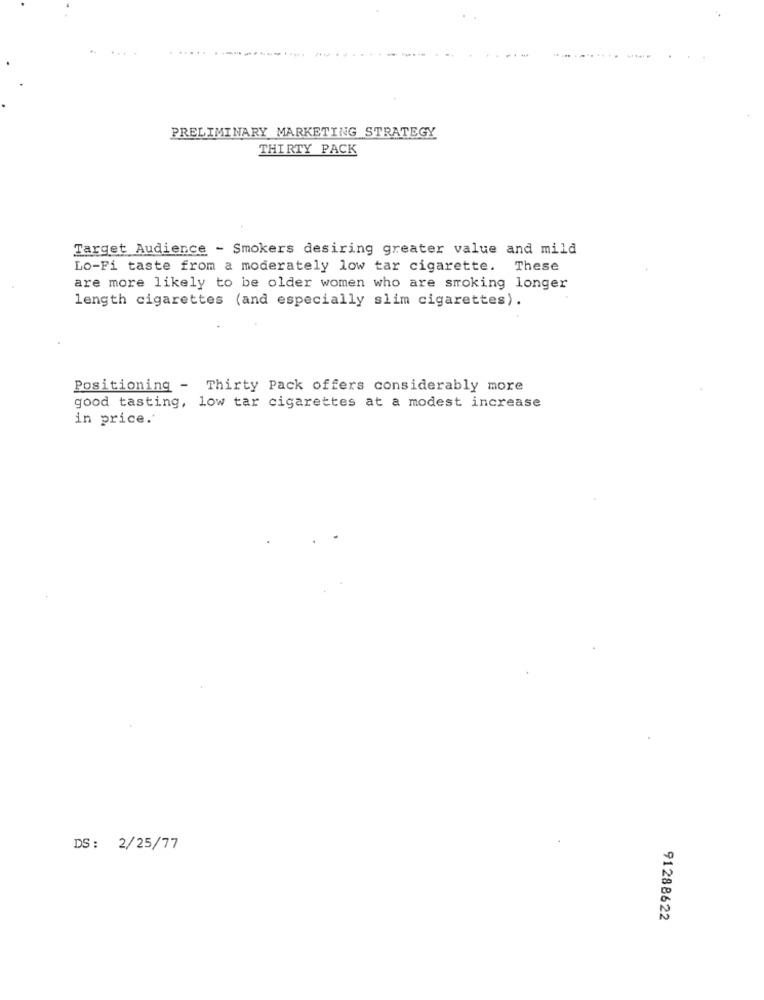
..
....
.......
PRELIMINARY MARKETING STRATEGY
THIRTY PACK
Target Audience - Smokers desiring greater value and mild
Lo-Fi taste from a moderately low tar cigarette. These
are more likely to be older women who are smoking longer
length cigarettes (and especially slim cigarettes).
Positioning - Thirty Pack offers considerably more
good tasting, low tar cigarettes at a modest increase
in price.'
DS: 2/25/77
91288622